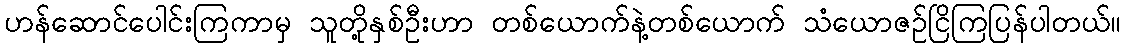
ဟန်ဆောင်ပေါင်းကြကာမှ သူတို့နှစ်ဦးဟာ တစ်ယောက်နဲ့တစ်ယောက် သံယောဇဉ်ငြိကြပြန်ပါတယ်။